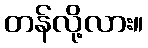
တန်လို့လား။